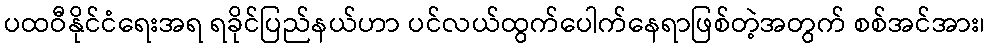
ပထဝီနိုင်ငံရေးအရ ရခိုင်ပြည်နယ်ဟာ ပင်လယ်ထွက်ပေါက်နေရာဖြစ်တဲ့အတွက် စစ်အင်အား၊